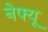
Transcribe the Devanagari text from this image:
नेफ्यू